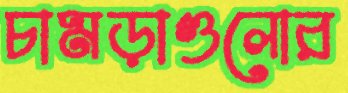
চামড়াগুলোর